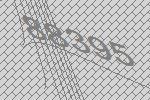
88395